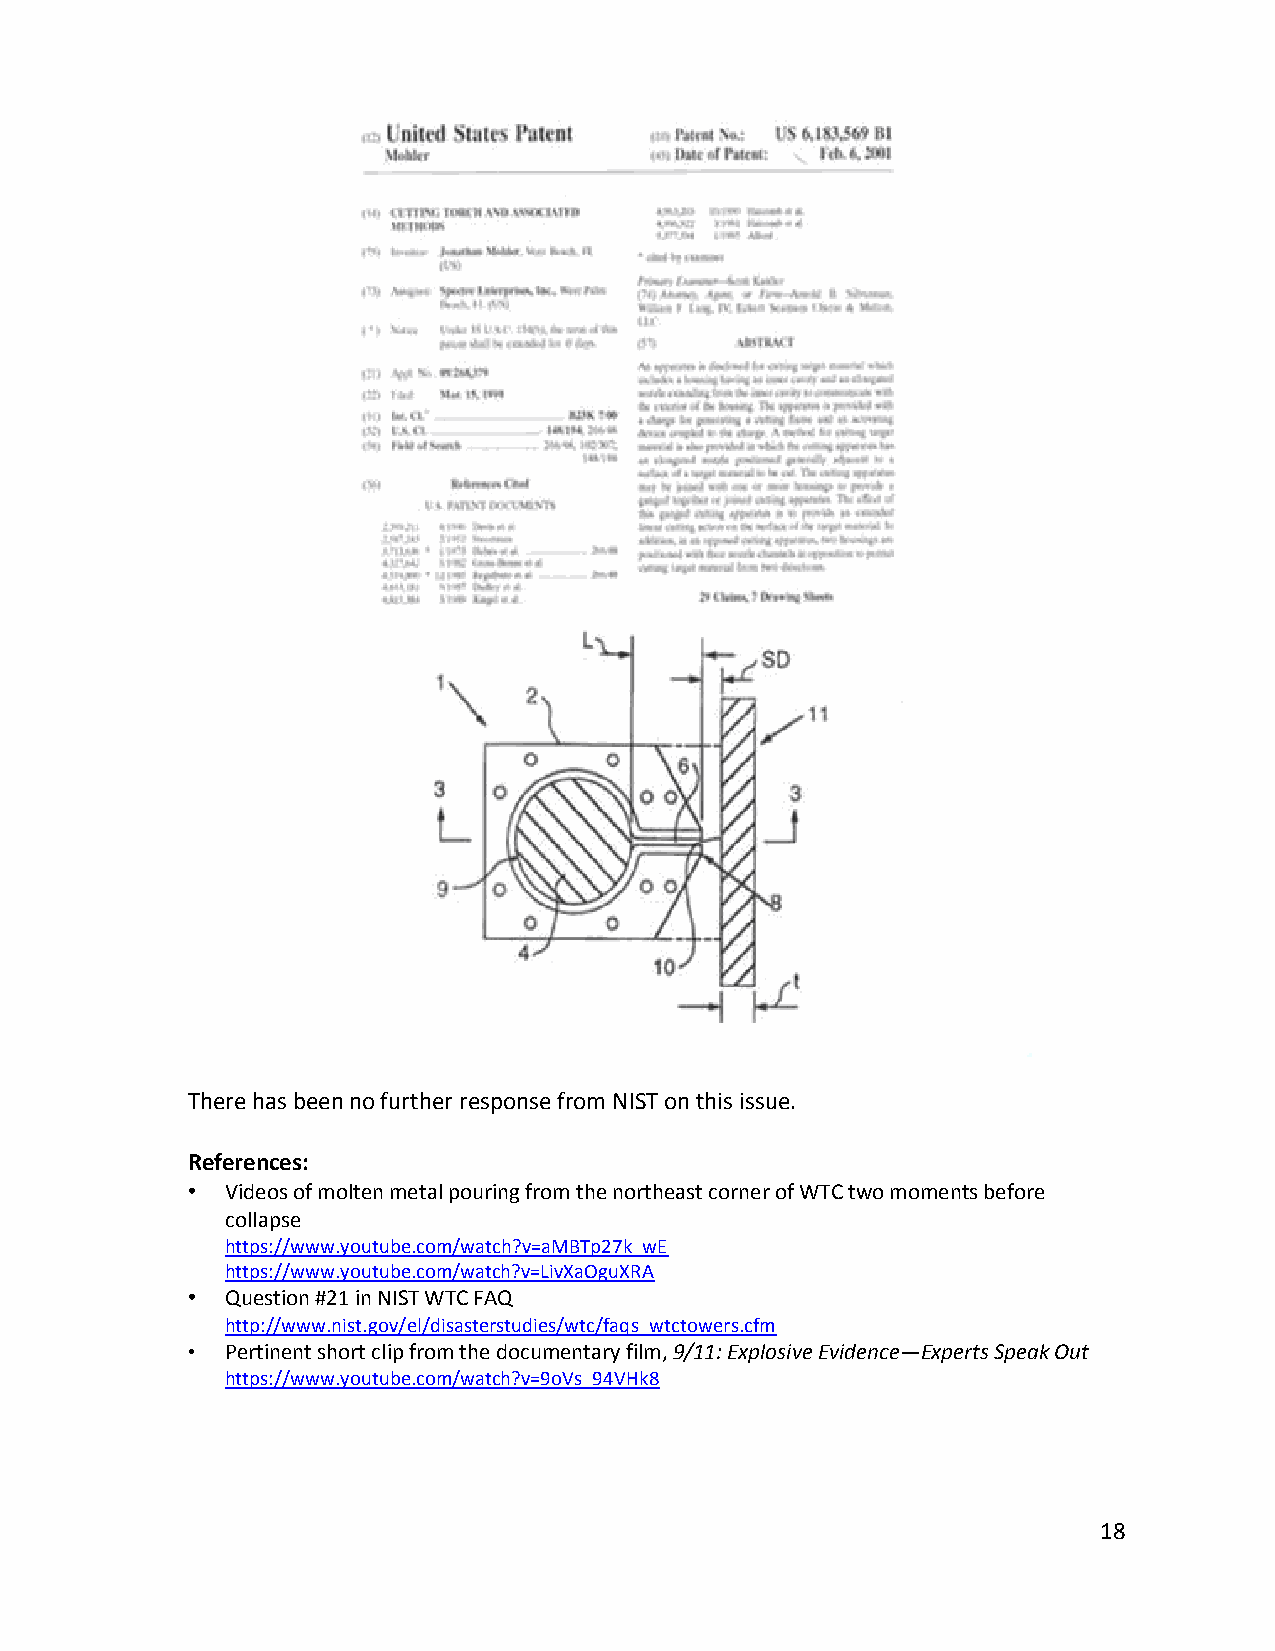
There has been no further response from NIST on this issue.
 References:
 •  Videos of molten metal pouring from the northeast corner of WTC two moments before
 collapse
 https://www.youtube.com/watch?v=aMBTp27k_wE
 https://www.youtube.com/watch?v=LivXaOguXRA
 •  Question #21 in NIST WTC FAQ
 http://www.nist.gov/el/disasterstudies/wtc/faqs_wtctowers.cfm
 •  Pertinent short clip from the documentary film, 9/11: Explosive Evidence—Experts Speak Out
 https://www.youtube.com/watch?v=9oVs_94VHk8
 18